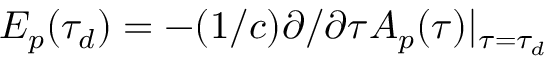
E _ { p } ( \tau _ { d } ) = - ( 1 / c ) \partial / \partial \tau A _ { p } ( \tau ) | _ { \tau = \tau _ { d } }